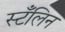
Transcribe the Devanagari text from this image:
स्टँलिन